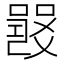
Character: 𤕦